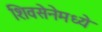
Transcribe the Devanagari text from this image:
शिवसेनेमध्ये